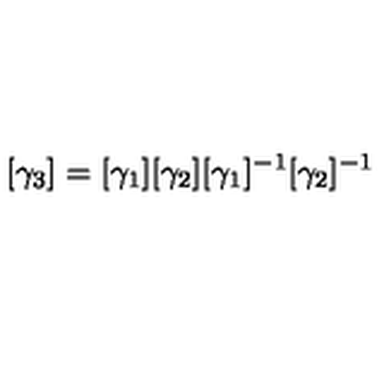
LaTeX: [ \gamma _ { 3 } ] = [ \gamma _ { 1 } ] [ \gamma _ { 2 } ] [ \gamma _ { 1 } ] ^ { - 1 } [ \gamma _ { 2 } ] ^ { - 1 }